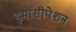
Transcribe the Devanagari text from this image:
इमांसीपेशन